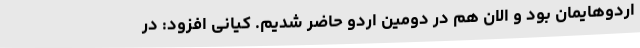
اردوهایمان بود و الان هم در دومین اردو حاضر شدیم. کیانی افزود: در